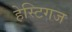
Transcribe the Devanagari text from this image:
हेस्टिगज